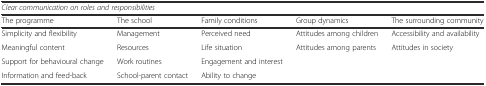
| <COLSPAN=5> Clear communication on roles and responsibilities |
 | The programme | The school | Family conditions | Group dynamics | The surrounding community |
 | --- | --- | --- | --- | --- |
 | Simplicity and flexibility | Management | Perceived need | Attitudes among children | Accessibility and availability |
 | Meaningful content | Resources | Life situation | Attitudes among parents | Attitudes in society |
 | Support for behavioural change | Work routines | Engagement and interest |  |  |
 | Information and feed-back | School-parent contact | Ability to change |  |  |